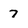
Character: 7